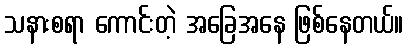
သနားစရာ ကောင်းတဲ့ အခြေအနေ ဖြစ်နေတယ်။